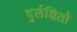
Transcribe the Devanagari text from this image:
दुर्लक्षितो